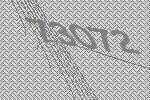
73072